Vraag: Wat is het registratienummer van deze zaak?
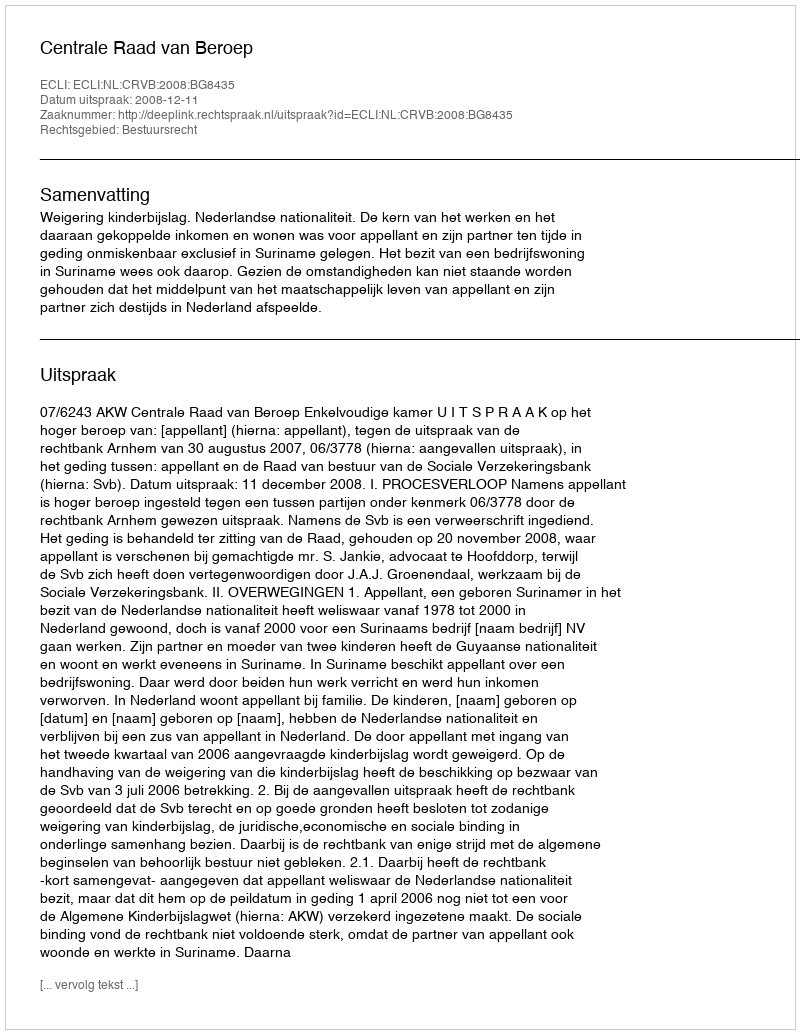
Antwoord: http://deeplink.rechtspraak.nl/uitspraak?id=ECLI:NL:CRVB:2008:BG8435